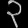
Digit: ၃